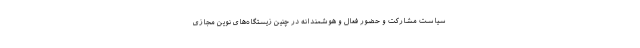
سیاستِ مشارکت و حضور فعال و هوشمندانه در چنین زیستگاه‌های نوین مجازی